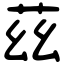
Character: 茲